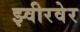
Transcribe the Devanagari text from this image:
झ्वीरवेर